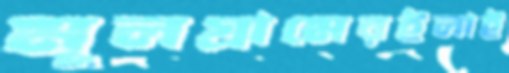
মূলগ্রামেরইলাই